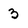
Character: 3